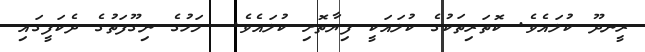
ރީނދޫ ކުލައެވެ. ކޮތަރިތަކުގެ ކުލައަކީ ފިޔާތޮށި ކުލައެވެ.  މަހުގެ ނިގޫފަތުގެ ދެކަފީގައި